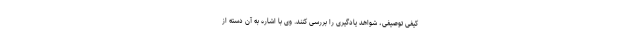
کیفی توصیفی، شواهد یادگیری را بررسی کنند. وی با اشاره به آن دسته از